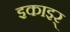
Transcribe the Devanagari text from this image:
इकाइर्